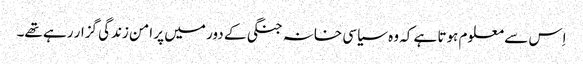
اِس سے معلوم ہوتا ہے کہ وہ سیاسی خانہ جنگی کے دور میں پر امن زندگی گزار رہے تھے۔